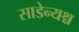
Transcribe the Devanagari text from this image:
साडेन्यश्च